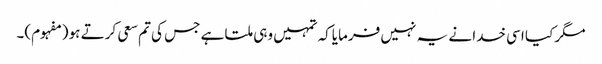
مگر کیا اسی خدا نے یہ نہیں فرمایاکہ تمہیں وہی ملتا ہے جس کی تم سعی کرتے ہو (مفہوم)۔